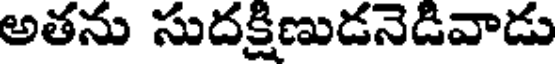
అతను సుదక్షిణుడనెడివాడు